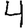
Digit: 4